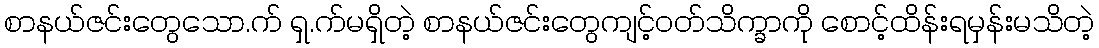
စာနယ်ဇင်းတွေသော.က် ရှ.က်မရှိတဲ့ စာနယ်ဇင်းတွေကျင့်ဝတ်သိက္ခာကို စောင့်ထိန်းရမှန်းမသိတဲ့